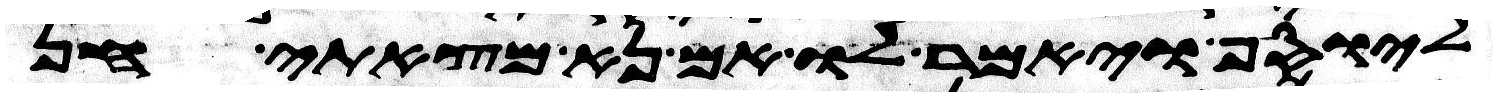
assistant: ליוסף ויאמר לו אם נא מצאתי חן